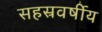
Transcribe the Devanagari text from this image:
सहस्रवर्षीय